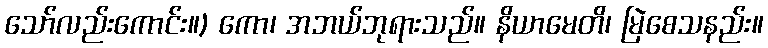
သော်လည်းကောင်း။) ကော၊ အဘယ်ဘုရားသည်။ နိယာမေတိ၊ မြဲစေသနည်း။